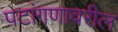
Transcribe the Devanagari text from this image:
पटांगणावरील